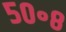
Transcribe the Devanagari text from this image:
५०॰८